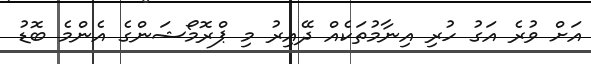
އަށް ވުރެ އަގު ހުރި އިނާމުތަކެއް ދޭއިރު މި ޕްރޮމޯޝަންގެ އެންމެ ބޮޑު